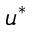
u ^ { * }